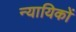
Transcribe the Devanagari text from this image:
न्यायिकों